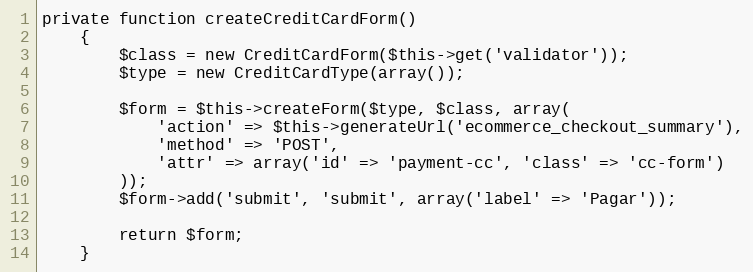
Language: PHP
private function createCreditCardForm()
    {
        $class = new CreditCardForm($this->get('validator'));
        $type = new CreditCardType(array());

        $form = $this->createForm($type, $class, array(
            'action' => $this->generateUrl('ecommerce_checkout_summary'),
            'method' => 'POST',
            'attr' => array('id' => 'payment-cc', 'class' => 'cc-form')
        ));
        $form->add('submit', 'submit', array('label' => 'Pagar'));

        return $form;
    }